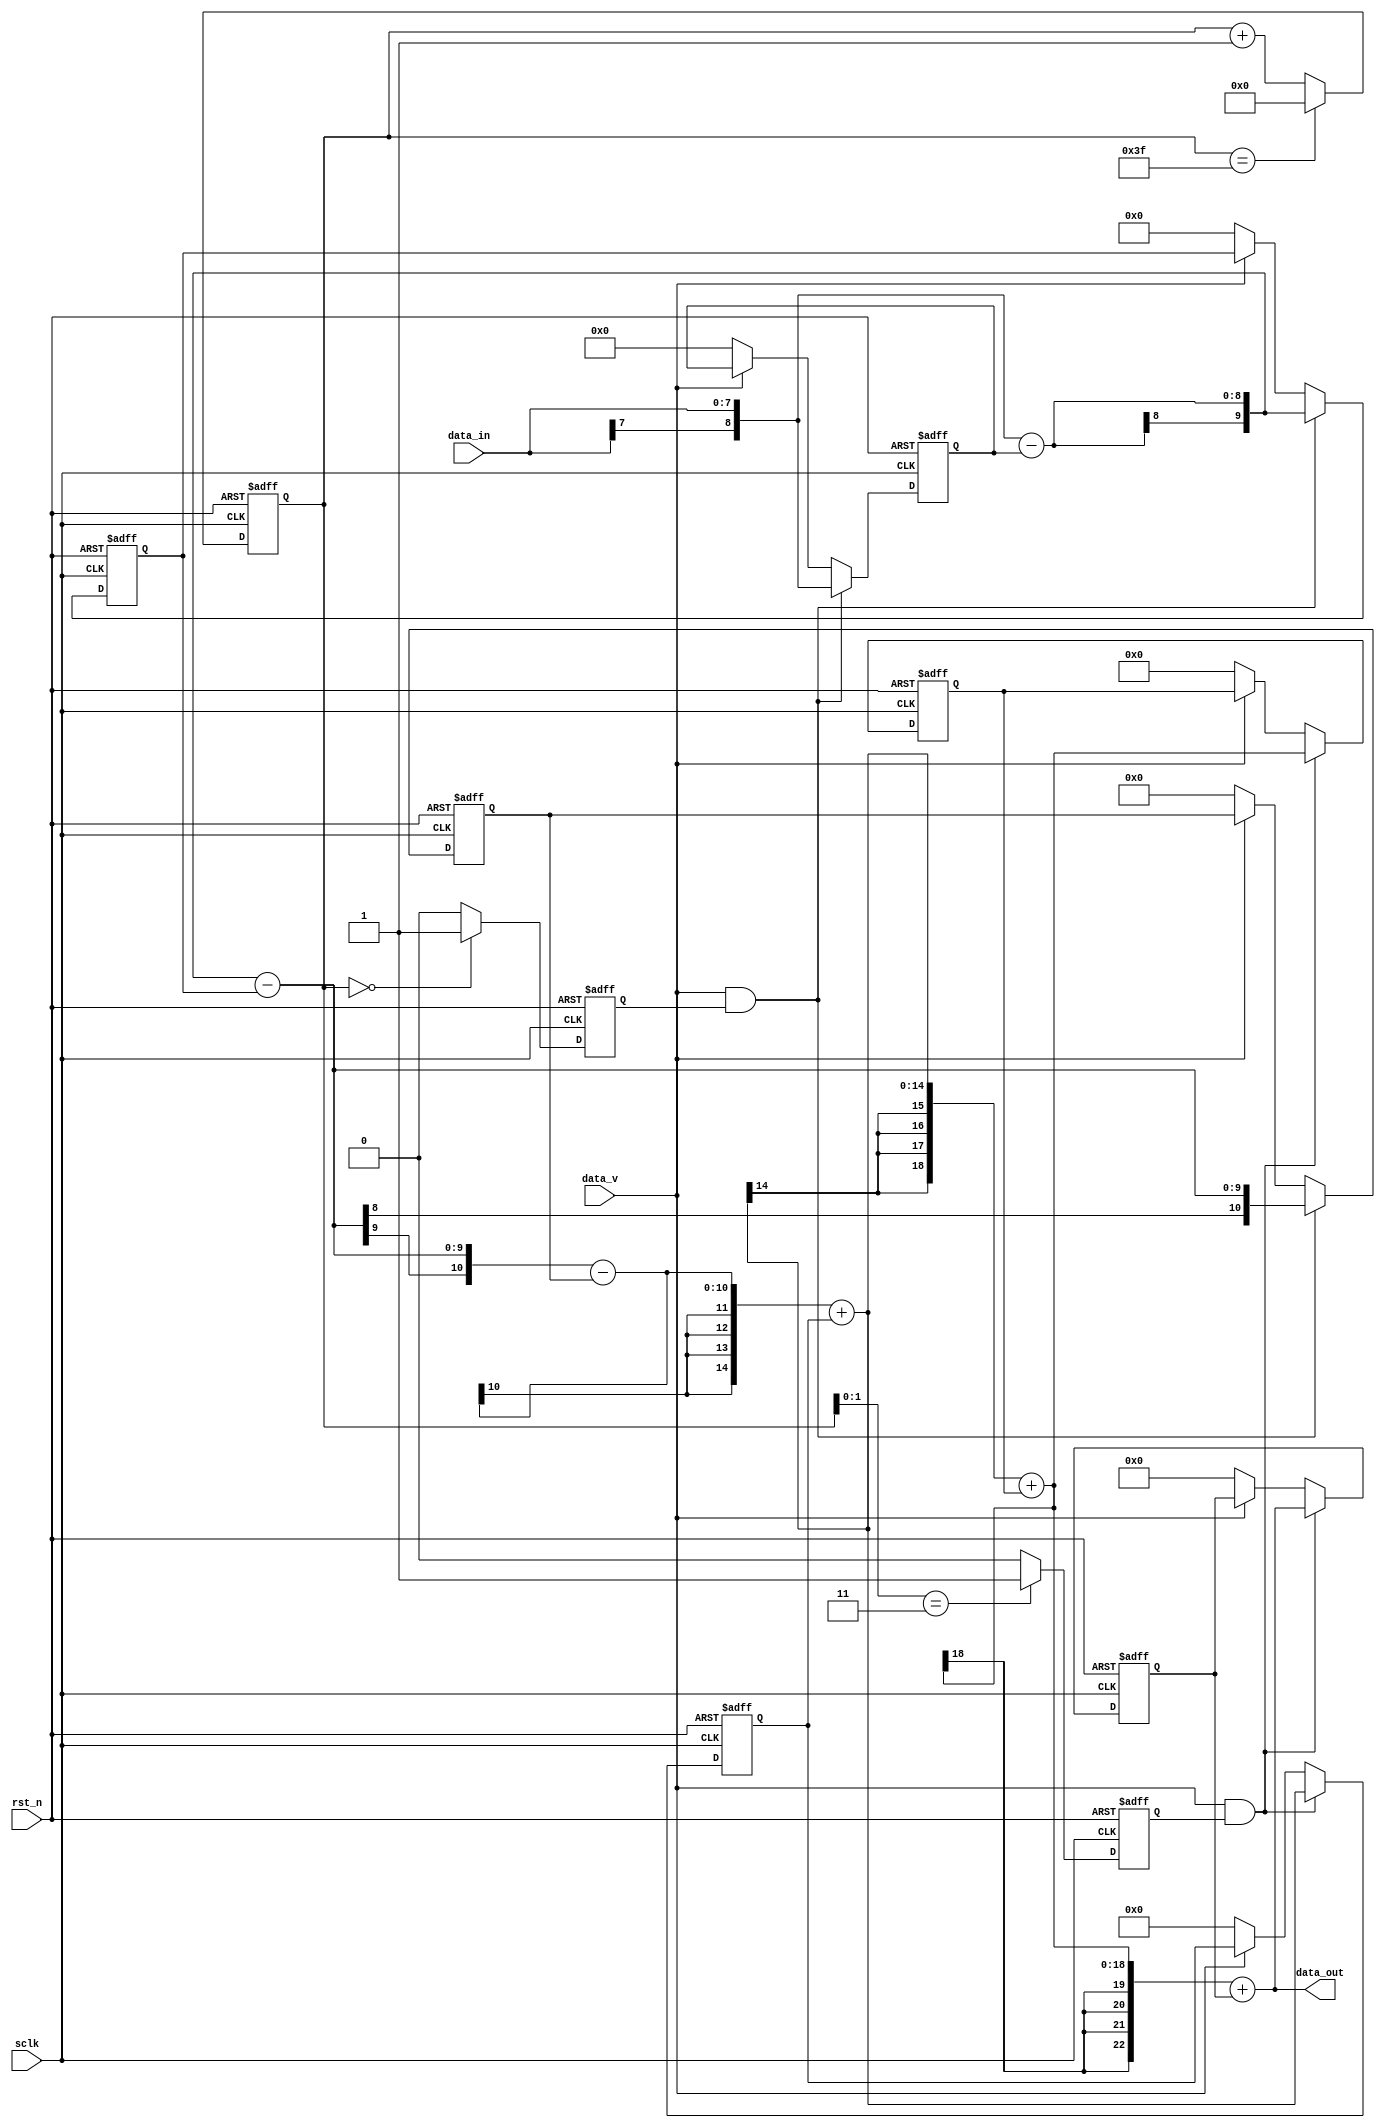
module cic_interpolate(
			 input wire               sclk,    //50MHz
			 input wire               rst_n,
			 input wire signed[7:0]   data_in, //50/64 MSPS -->50/4 MSPS , Sin waveform
			 input wire               data_v,
			 output wire signed[22:0] data_out

);

parameter DIV_NUM=6'd63;
parameter DIV_NUM_I=3'd3;

reg signed[8:0] comb1;
reg signed[9:0] comb2;
reg signed[10:0]comb3;

reg signed[14:0]integ1;
reg signed[18:0]integ2;
reg signed[22:0]integ3;

wire signed[8:0] comb1_w;
wire signed[9:0] comb2_w;
wire signed[10:0]comb3_w;

wire signed[14:0]integ1_w;
wire signed[18:0]integ2_w;
wire signed[22:0]integ3_w;



reg [5:0]div_cnt;
reg      s_flag;
reg      s_flag_i;

always @(posedge sclk or negedge rst_n)
begin
	if(rst_n==1'b0)
	  s_flag<=1'b0;
	else if(div_cnt==6'd0)
	  s_flag<=1'b1;
	else
	  s_flag<=1'b0;
end

always @(posedge sclk or negedge rst_n)
begin
	if(rst_n==1'b0)
	  s_flag_i<=1'b0;
	else if(div_cnt[1:0]==2'b11)
	  s_flag_i<=1'b1;
	else
	  s_flag_i<=1'b0;
end

always @(posedge sclk or negedge rst_n)
begin
	if(rst_n==1'b0)
	  div_cnt<=6'd0;
	else if(div_cnt==DIV_NUM)
	  div_cnt<=6'd0; 
	else
	  div_cnt<=div_cnt+6'd1;
end

always @(posedge sclk or negedge rst_n)
begin
	if(rst_n==1'b0)
	  comb1<=9'sd0;
	else if( (data_v==1'b1) && (s_flag==1'b1) )
	  comb1<={data_in[7],data_in};
	else if (data_v==1'b0)
	  comb1<=9'sd0;
end

assign comb1_w={data_in[7],data_in}-comb1;

always @(posedge sclk or negedge rst_n)
begin
	if(rst_n==1'b0)
	  comb2<=10'sd0;
	else if( (data_v==1'b1) && (s_flag==1'b1) )
	  comb2<={comb1_w[8],comb1_w};
	else if (data_v==1'b0)
	  comb2<=10'sd0;
end

assign comb2_w={comb1_w[8],comb1_w}-comb2;

always @(posedge sclk or negedge rst_n)
begin
	if(rst_n==1'b0)
	  comb3<=11'sd0;
	else if( (data_v==1'b1) && (s_flag==1'b1) )
	  comb3<={comb2_w[8],comb2_w};
	else if (data_v==1'b0)
	  comb3<=11'sd0;
end

assign comb3_w={comb2_w[9],comb2_w}-comb3;


assign integ1_w={{4{comb3_w[10]}},comb3_w}+integ1;

always @(posedge sclk or negedge rst_n)
begin
	if(rst_n==1'b0)
	  integ1<=15'sd0;
	else if( (data_v==1'b1) && (s_flag_i==1'b1) )
	  integ1<=integ1_w;
	else if (data_v==1'b0)
	  integ1<=15'sd0;
end

assign integ2_w={{4{integ1_w[14]}},integ1_w}+integ2;

always @(posedge sclk or negedge rst_n)
begin
	if(rst_n==1'b0)
	  integ2<=19'sd0;
	else if( (data_v==1'b1) && (s_flag_i==1'b1) )
	  integ2<=integ2_w;
	else if (data_v==1'b0)
	  integ2<=19'sd0;
end

assign integ3_w={{4{integ2_w[18]}},integ2_w}+integ3;

always @(posedge sclk or negedge rst_n)
begin
	if(rst_n==1'b0)
	  integ3<=23'sd0;
	else if( (data_v==1'b1) && (s_flag_i==1'b1) )
	  integ3<=integ3_w;
	else if (data_v==1'b0)
	  integ3<=23'sd0;
end



assign data_out = integ3_w;

endmodule